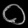
Digit: ၀